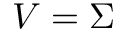
V = \Sigma